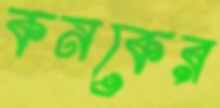
কনকের